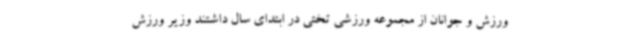
ورزش و جوانان از مجموعه ورزشی تختی در ابتدای سال داشتند وزیر ورزش